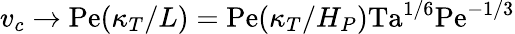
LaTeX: v_{c}\rightarrow\mathrm{Pe}(\kappa_{T}/L)=\mathrm{Pe}(\kappa_{T}/H_{P})\mathrm{Ta}^{1/6}\mathrm{Pe}^{-1/3}